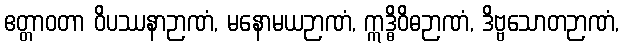
ဧတ္တာဝတာ ဝိပဿနာဉာဏံ, မနောမယဉာဏံ, ဣဒ္ဓိဝိဓဉာဏံ, ဒိဗ္ဗသောတဉာဏံ,